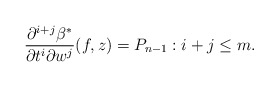
\begin{align*} \frac{\partial^{i+j}\beta^\ast}{\partial t^i\partial w^j}(f,z)=P_{n-1}:i+j\leq m.\end{align*}